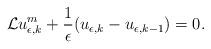
LaTeX: \begin{align*} \begin{aligned} \mathcal{L}u_{\epsilon,k}^m+\frac{1}{\epsilon}(u_{\epsilon,k}-u_{\epsilon,k-1})=0. \end{aligned} \end{align*}